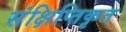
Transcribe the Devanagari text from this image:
संक्षिप्तिकृत